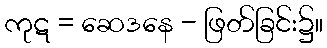
ကုဋ = ဆေဒနေ - ဖြတ်ခြင်း၌။